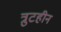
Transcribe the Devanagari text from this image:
त्रुटहीन